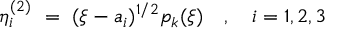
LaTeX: \eta _ { i } ^ { ( 2 ) } \ = \ ( \xi - a _ { i } ) ^ { 1 / 2 } p _ { k } ( \xi ) \quad , \quad i = 1 , 2 , 3